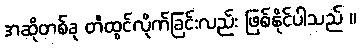
အဆိုတစ်ခု တီထွင်လိုက်ခြင်းလည်း ဖြစ်နိုင်ပါသည် ။